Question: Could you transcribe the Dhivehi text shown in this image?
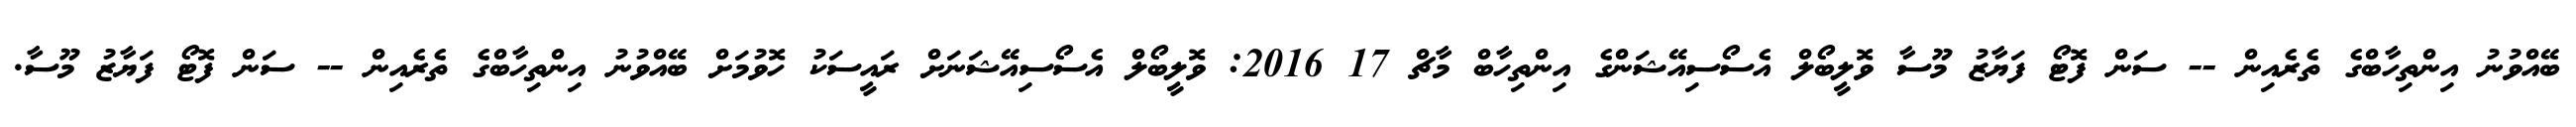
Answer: ބޭއްވުނު އިންތިހާބްގެ ތެރެއިން -- ސަން ފޮޓޯ ފަޔާޒު މޫސާ ވޮލީބޯލް އެސޯސިއޭޝަންގެ އިންތިހާބް މާޗް 17 2016: ވޮލީބޯލް އެސޯސިއޭޝަނަށް ރައީސަކު ހޮވުމަށް ބޭއްވުނު އިންތިހާބްގެ ތެރެއިން -- ސަން ފޮޓޯ ފަޔާޒު މޫސާ.